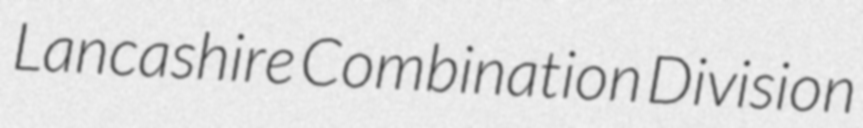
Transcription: Lancashire Combination Division